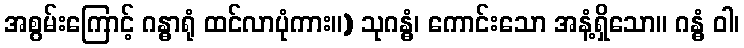
အစွမ်းကြောင့် ဂန္ဓာရုံ ထင်လာပုံကား။) သုဂန္ဓံ၊ ကောင်းသော အနံ့ရှိသော။ ဂန္ဓံ ဝါ၊